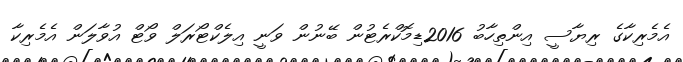
އެމެރިކާގެ ރިޔާސީ އިންތިހާބު 2016ޑިމޮކްރެޓުން ބޭނުން ވަނީ އިލެކްޓޯރަލް ވޯޓް އުވާލަން އެމެރިކާ